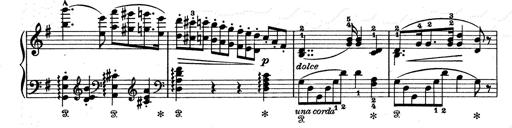
Title: Aus Lohengrin
Composer: Franz Liszt